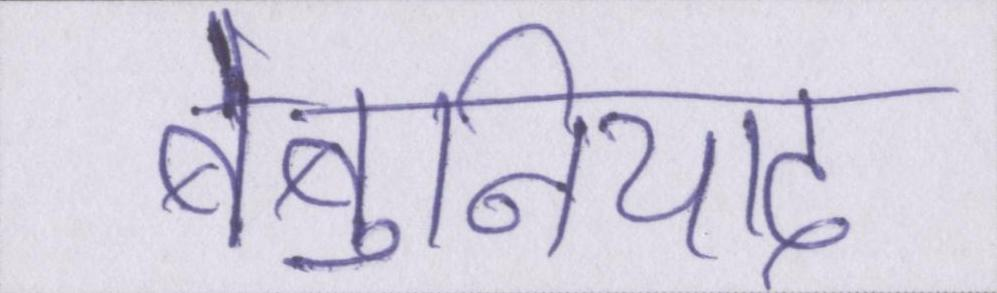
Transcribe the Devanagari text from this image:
बेबुनियाद